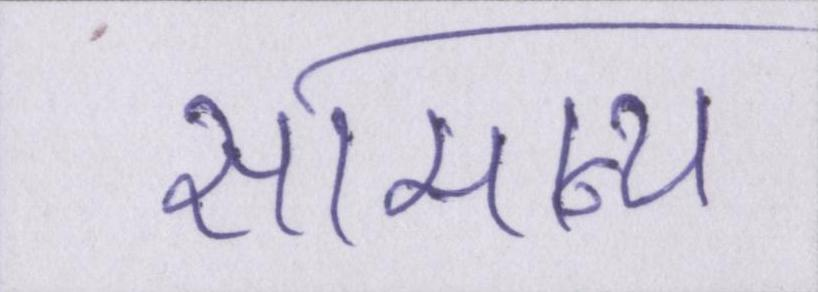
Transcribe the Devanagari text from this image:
सामान्य